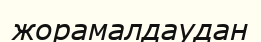
жорамалдаудан